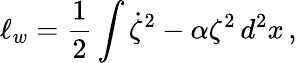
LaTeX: \ell_{w}=\frac 12\int\dot{\zeta}^{2}-\alpha\zeta^{2}\, d^{2}x\, ,